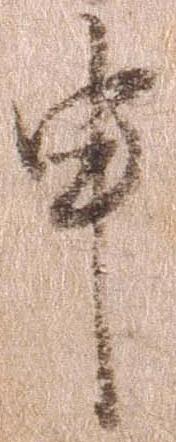
申